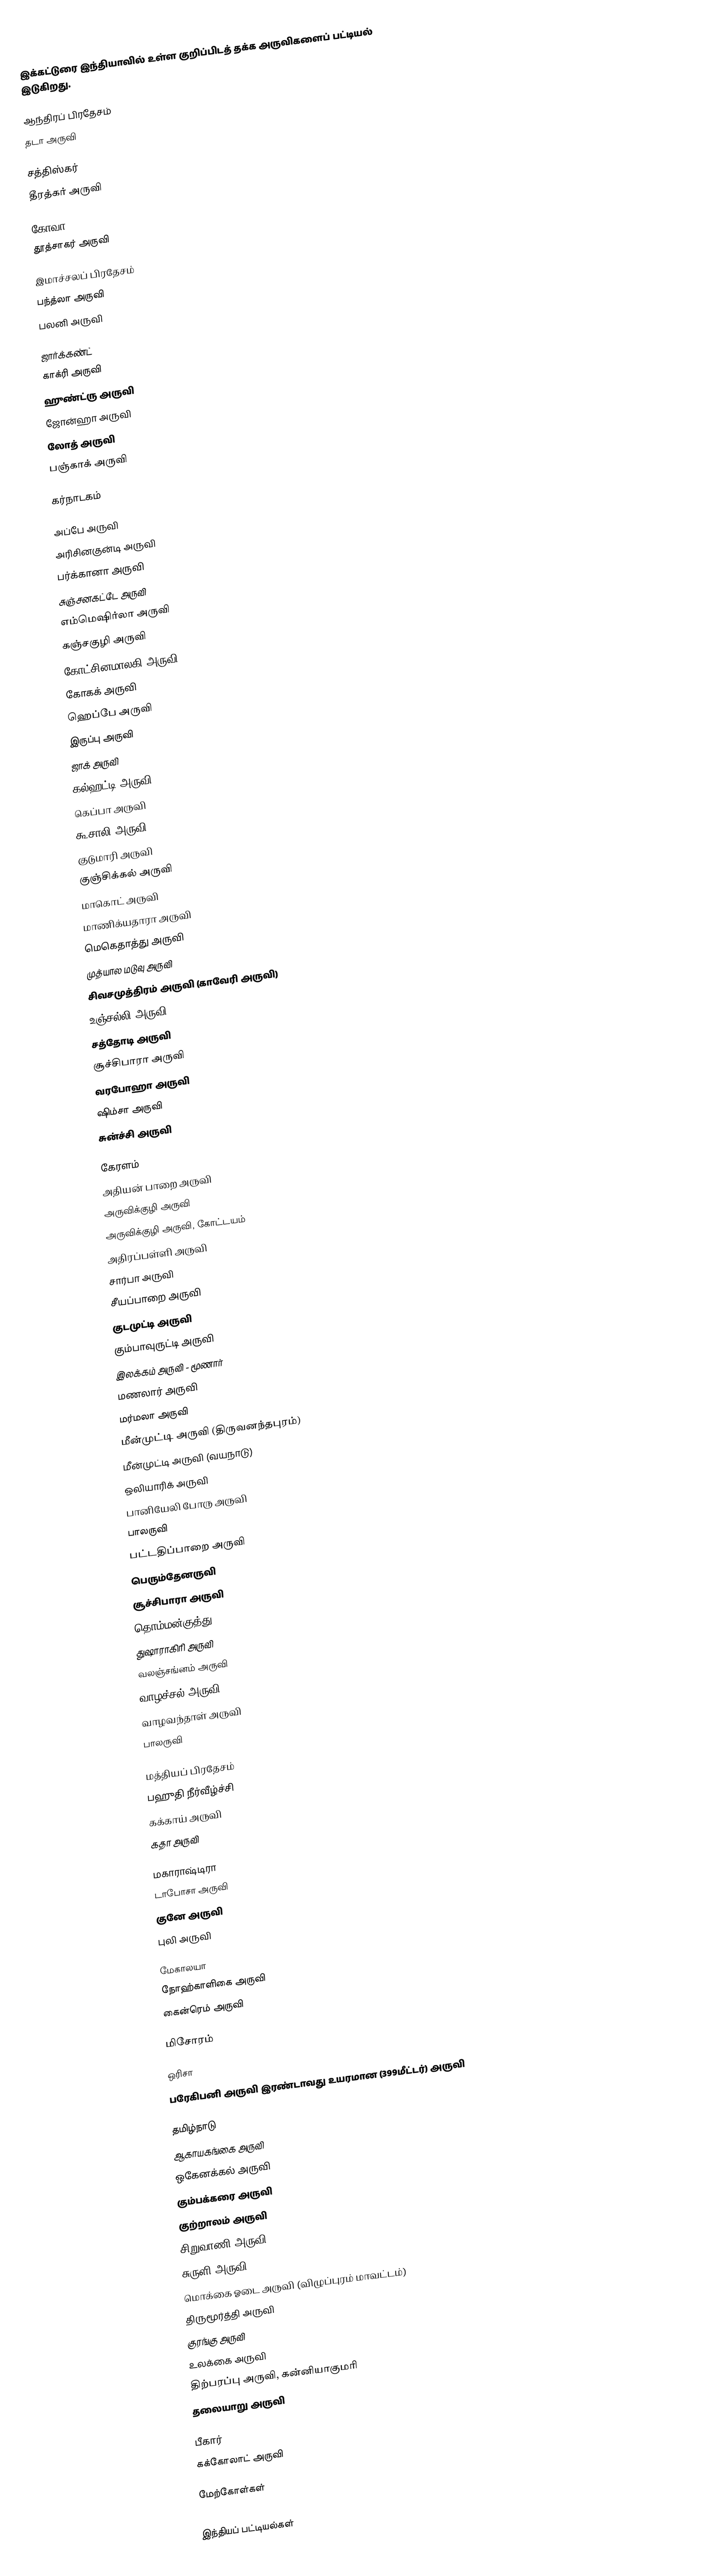
இக்கட்டுரை இந்தியாவில் உள்ள குறிப்பிடத் தக்க அருவிகளைப் பட்டியல் இடுகிறது.

ஆந்திரப் பிரதேசம்
 தடா அருவி

சத்திஸ்கர்
 தீரத்கர் அருவி

கோவா
 தூத்சாகர் அருவி

இமாச்சலப் பிரதேசம்
 பந்த்லா அருவி
 பலனி அருவி

ஜார்க்கண்ட்
 காக்ரி அருவி
 ஹுண்ட்ரு அருவி
 ஜோன்ஹா அருவி
 லோத் அருவி
 பஞ்காக் அருவி

கர்நாடகம்

 அப்பே அருவி
 அரிசினகுன்டி அருவி
 பர்க்கானா அருவி
 சுஞ்சனகட்டே அருவி
 எம்மெஷிர்லா அருவி
 கஞ்சகுழி அருவி
 கோட்சினமாலகி அருவி
 கோகக் அருவி
 ஹெப்பே அருவி
 இருப்பு அருவி
 ஜாக் அருவி
 கல்ஹட்டி அருவி
 கெப்பா அருவி
 கூசாலி அருவி
 குடுமாரி அருவி
 குஞ்சிக்கல் அருவி
 மாகொட் அருவி
 மாணிக்யதாரா அருவி
 மெகெதாத்து அருவி
 முத்யால மடுவு அருவி
 சிவசமுத்திரம் அருவி (காவேரி அருவி)
 உஞ்சல்லி அருவி
 சத்தோடி அருவி
 சூச்சிபாரா அருவி
 வரபோஹா அருவி
 ஷிம்சா அருவி
 சுன்ச்சி அருவி

கேரளம்
 அதியன் பாறை அருவி
 அருவிக்குழி அருவி
 அருவிக்குழி அருவி, கோட்டயம்
 அதிரப்பள்ளி அருவி
 சார்பா அருவி
 சீயப்பாறை அருவி
 குடமுட்டி அருவி
 கும்பாவுருட்டி அருவி
 இலக்கம் அருவி - மூணார்
 மணலார் அருவி
 மர்மலா அருவி
 மீன்முட்டி அருவி (திருவனந்தபுரம்)
 மீன்முட்டி அருவி (வயநாடு)
 ஒலியாரிக் அருவி
 பானியேலி போரு அருவி
 பாலருவி
 பட்டதிப்பாறை அருவி
 பெரும்தேனருவி
 சூச்சிபாரா அருவி
 தொம்மன்குத்து
 துஷாராகிரி அருவி
 வலஞ்சங்னம் அருவி
 வாழச்சல் அருவி
 வாழவந்தாள் அருவி
 பாலருவி

மத்தியப் பிரதேசம்
 பஹுதி நீர்வீழ்ச்சி
 கக்காய் அருவி
 கதா அருவி

மகாராஷ்டிரா
 டாபோசா அருவி
 குனே அருவி
 புலி அருவி

மேகாலயா
 நோஹ்காளிகை அருவி
 கைன்ரெம் அருவி

மிசோரம்

ஒரிசா
 பரேகிபனி அருவி இரண்டாவது உயரமான (399மீட்டர்) அருவி

தமிழ்நாடு
 ஆகாயகங்கை அருவி
 ஒகேனக்கல் அருவி
 கும்பக்கரை அருவி
 குற்றாலம் அருவி
 சிறுவாணி அருவி
 சுருளி அருவி
 மொக்கை ஓடை அருவி (விழுப்புரம் மாவட்டம்)
 திருமூர்த்தி அருவி
 குரங்கு அருவி
 உலக்கை அருவி
 திற்பரப்பு அருவி, கன்னியாகுமரி
 தலையாறு அருவி

பீகார்
கக்கோலாட் அருவி

மேற்கோள்கள்

இந்தியப் பட்டியல்கள்